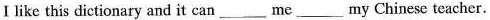
Ⅰlike this dictionary and it can ___ me ___ my Chinese teacher.